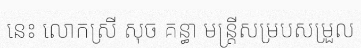
នេះ លោកស្រី សុច គន្ធា មន្ត្រីសម្របសម្រួល